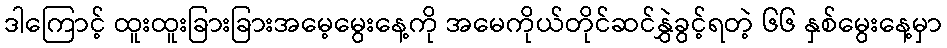
ဒါကြောင့် ထူးထူးခြားခြားအမေ့မွေးနေ့ကို အမေကိုယ်တိုင်ဆင်နွှဲခွင့်ရတဲ့ ၆၆ နှစ်မွေးနေ့မှာ